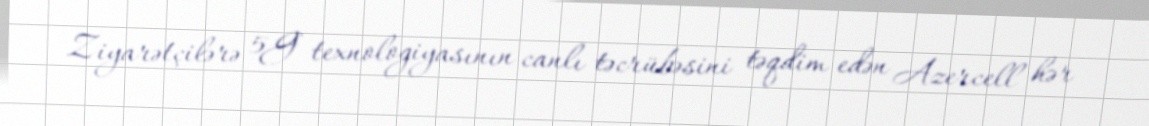
Ziyarətçilərə 5G texnologiyasının canlı təcrübəsini təqdim edən Azercell hər